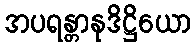
အပရန္တာနုဒိဋ္ဌိယော